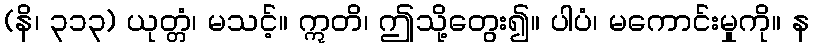
(နိ၊ ၃၁၃) ယုတ္တံ၊ မသင့်။ ဣတိ၊ ဤသို့တွေး၍။ ပါပံ၊ မကောင်းမှုကို။ န